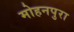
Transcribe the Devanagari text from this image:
मोहनपुरा